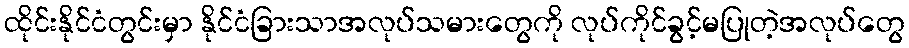
ထိုင်းနိုင်ငံတွင်းမှာ နိုင်ငံခြားသာအလုပ်သမားတွေကို လုပ်ကိုင်ခွင့်မပြုတဲ့အလုပ်တွေ